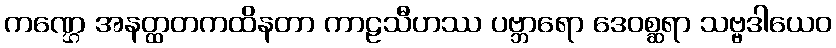
ကဏ္ဌေ အနတ္ထတကထိနတာ ကာဠသီဟဿ ပဗ္ဘာရော ဒေဝစ္ဆရာ သဗ္ဗဒါယေဝ